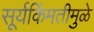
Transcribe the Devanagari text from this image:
सूर्यकिंमतीमुळे